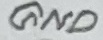
Text: GND